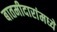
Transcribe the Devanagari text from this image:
बातमीदारांमध्ये